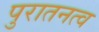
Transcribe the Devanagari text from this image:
पुरातनत्व